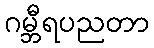
ဂမ္ဘီရပညတာ